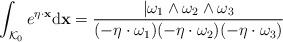
LaTeX: \begin{align*} \int_{\mathcal K_0}e^{\eta \cdot \mathbf x}\mathrm d\mathbf x=\frac{\vert \omega_1\land \omega_2\land \omega_3}{(-\eta\cdot \omega_1)(-\eta \cdot \omega_2)(-\eta\cdot \omega_3)} \end{align*}